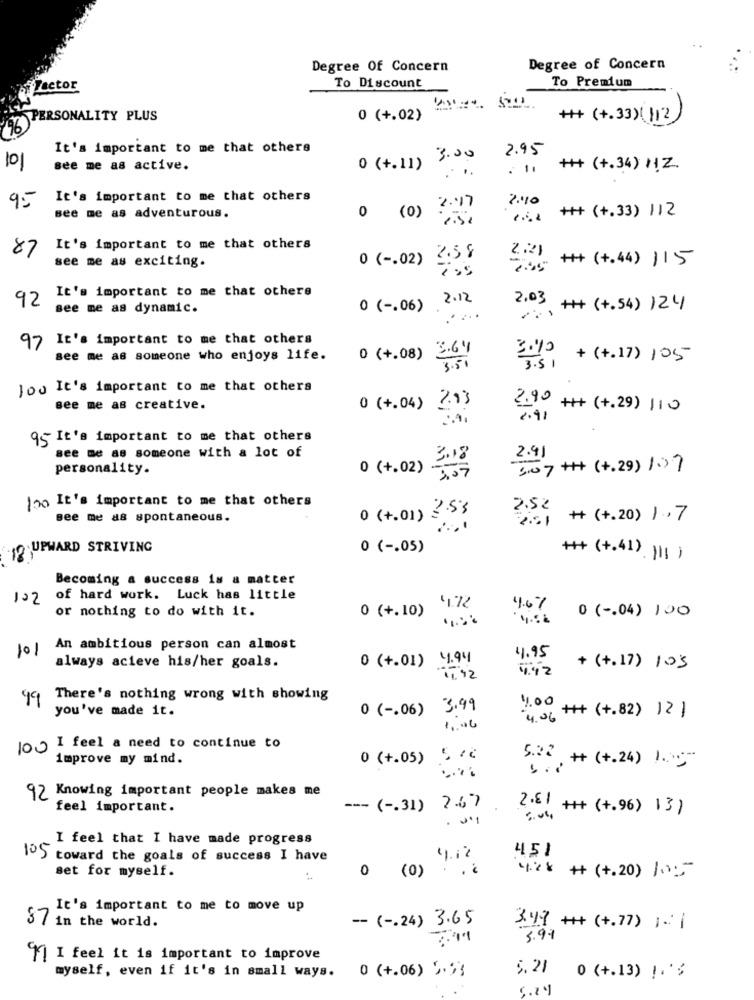
Degree Of Concern
Degree of Concern
To Premium
Tector
To Discount
PERSONALITY PLUS
0 (+.02)
++ (+.33) ( 112)
It's important to me that others
101
0 (+.11) 3.00
2.95
see me as active.
. 1.
+++ (+.34) HZ.
...
95
It's important to me that others
2.10
2.17
++ (+.33) 112
see me as adventurous.
0 (0)
87
It's important to me that others
see me as exciting.
0 ( -. 02) 2:5 9
2.21 ++ (+.44) 115
It's important to me that others
2.12
92
see me as dynamic.
0 ( -. 06)
2.03 ++ (+.54) 124
97 It's important to me that others
see me as someone who enjoys life.
0 (+.08) 3.64
3. 51 + ( + . 17 ) 105
Jou It's important to me that others
see me as creative.
0 (+.04) 2.03
2.90 +# (+.29) 110
2.91
95 It's important to me that others
see me as someone with a lot of
2.41
personality.
0 (+.02)
3.18
507 ++ (+.29) 107
100 It's important to me that others
2.52
Bee me as spontaneous.
0 (+.01) 3.53
2.01 # (+.20) 1.7
UPWARD STRIVING
0 ( -. 05)
+++ (+.41). ¡ 1 )
Becoming a success is a matter
122 of hard work. Luck has little
or nothing to do with it.
0 (+.10)
4.72
4.6%
0 ( -. 04) 100
101
An ambitious person can almost
always acieve his/her goals.
0 (+.01) 4.94
4.95
4:42
+ (+.17) 105
11.92
49
There's nothing wrong with showing
1.00
you've made it.
0 ( -. 06) 3.99
4.06 ++ (+.82) 1 2 }
1.06
100 I feel a need to continue to
improve my mind.
0 (+.05) 500
5.22 + (+.24) 1.00
92 Knowing important people makes me
feel important.
--- ( -. 31) 2.67
2.81 +
Gul, ++ ( +.96) 13)
I feel that I have made progress
451
105 toward the goals of success I have
4.12
set for myself.
0 (0) . . ¿
4.28 + (+.20) 105
It's important to me to move up
-- ( -. 24) 3.65
37 in the world.
3.49 +++ (+.77) : 1
3.91
f] I feel it is important to improve
myself, even if it's in small ways. 0 (+.06) 5. 53
5.21 0 (+.13) !. '3
5.24